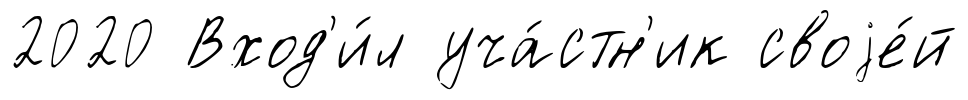
2020 Вход'и́л уча́стн'ик своjе́й